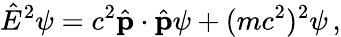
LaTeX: {\hat{E}}^{2}\psi=c^{2}{\hat{\mathbf{p}}}\cdot{\hat{\mathbf{p}}}\psi+(mc^{2})^{2}\psi\, ,